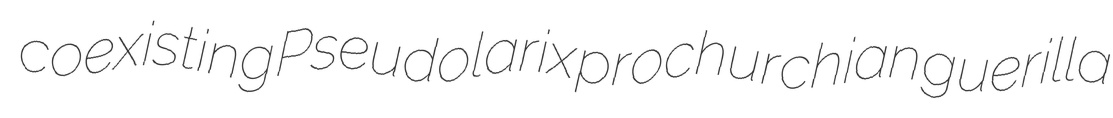
coexisting Pseudolarix prochurchian guerilla